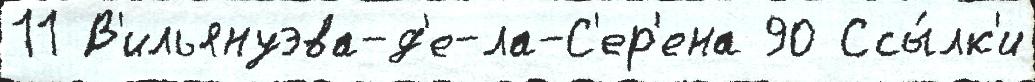
11 В'ильянуэва-д'е-ла-С'ер'ена 90 Ссы́лк'и